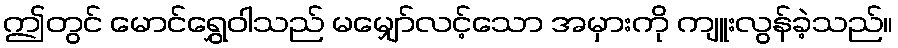
ဤတွင် မောင်ရွှေဝါသည် မမျှော်လင့်သော အမှားကို ကျူးလွန်ခဲ့သည်။